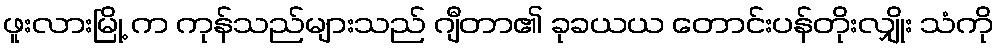
ဖူးလားမြို့ က ကုန်သည်များသည် ဂျီတာ၏ ခုခယယ တောင်းပန်တိုးလျှိုး သံကို